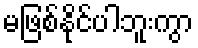
မဖြစ်နိုင်ပါဘူးကွာ